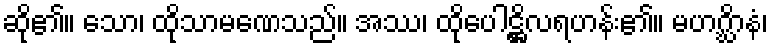
ဆို၏။ သော၊ ထိုသာမဏေသည်။ အဿ၊ ထိုပေါဋ္ဌိလရဟန်း၏။ မဟဂ္ဃိာနံ၊